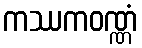
ကဿကဝဏ္ဏံ